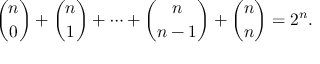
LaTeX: { \binom { n } { 0 } } + { \binom { n } { 1 } } + \cdots + { \binom { n } { n - 1 } } + { \binom { n } { n } } = 2 ^ { n } .